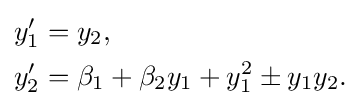
{\begin{aligned}y_{1}'&=y_{2},\\y_{2}'&=\beta _{1}+\beta _{2}y_{1}+y_{1}^{2}\pm y_{1}y_{2}.\end{aligned}}